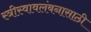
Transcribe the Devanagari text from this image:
स्त्रीस्वावलंबनासाठी